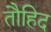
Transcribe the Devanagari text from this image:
तौहिद